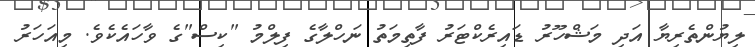
ލިޔުންތެރިޔާ އަދި މަޝްހޫރު ޑައިރެކްޓަރު ފާތިމަތު ނަހްލާގެ ފިލްމު "ކިސް"ގެ ވާހައެކެވެ. މިއަހަރު